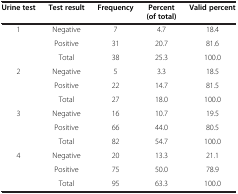
<table><thead><tr><td><b>Urine test</b></td><td><b>Test result</b></td><td><b>Frequency</b></td><td><b>Percent (of total)</b></td><td><b>Valid percent</b></td></tr></thead><tbody><tr><td rowspan="3">1</td><td>Negative</td><td>7</td><td>4.7</td><td>18.4</td></tr><tr><td>Positive</td><td>31</td><td>20.7</td><td>81.6</td></tr><tr><td>Total</td><td>38</td><td>25.3</td><td>100.0</td></tr><tr><td rowspan="3">2</td><td>Negative</td><td>5</td><td>3.3</td><td>18.5</td></tr><tr><td>Positive</td><td>22</td><td>14.7</td><td>81.5</td></tr><tr><td>Total</td><td>27</td><td>18.0</td><td>100.0</td></tr><tr><td rowspan="3">3</td><td>Negative</td><td>16</td><td>10.7</td><td>19.5</td></tr><tr><td>Positive</td><td>66</td><td>44.0</td><td>80.5</td></tr><tr><td>Total</td><td>82</td><td>54.7</td><td>100.0</td></tr><tr><td rowspan="2">4</td><td>Negative</td><td>20</td><td>13.3</td><td>21.1</td></tr><tr><td>Positive</td><td>75</td><td>50.0</td><td>78.9</td></tr><tr><td> </td><td>Total</td><td>95</td><td>63.3</td><td>100.0</td></tr></tbody></table>